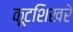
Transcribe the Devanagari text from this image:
कूटशिखरे